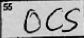
Transcription: OCS